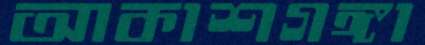
আকাশগঙ্গা